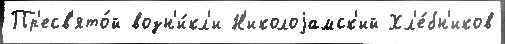
Пр'есв'ято́й возн'и́кл'и Н'иколоjамск'ий Хл'е́бн'иков